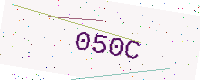
Text: 050C